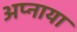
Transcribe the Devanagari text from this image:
अप्नाया